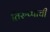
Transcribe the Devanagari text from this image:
तिरुप्पाची